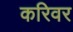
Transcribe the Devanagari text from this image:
करिवर